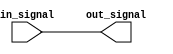
module transmission_gate_delay (
    input wire in_signal,
    output wire out_signal
);

// Define transmission gate delay
reg delay;
assign out_signal = delay;

// Implementation of transmission gates for delay
always @ (in_signal)
begin
    delay <= #10 in_signal; // Adjust delay time as needed
end

endmodule